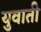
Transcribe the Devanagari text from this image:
युवाती